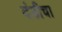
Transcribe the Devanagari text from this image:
दंडीचा